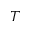
T